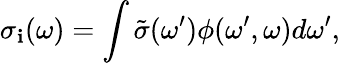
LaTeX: \sigma_{\mathbf{i}}(\omega)=\int\tilde{{\sigma}}(\omega^{\prime})\phi(\omega^{\prime},\omega)d\omega^{\prime},